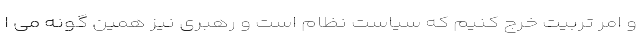
و امر تربیت خرج کنیم که سیاست نظام است و رهبری نیز همین گونه می ا